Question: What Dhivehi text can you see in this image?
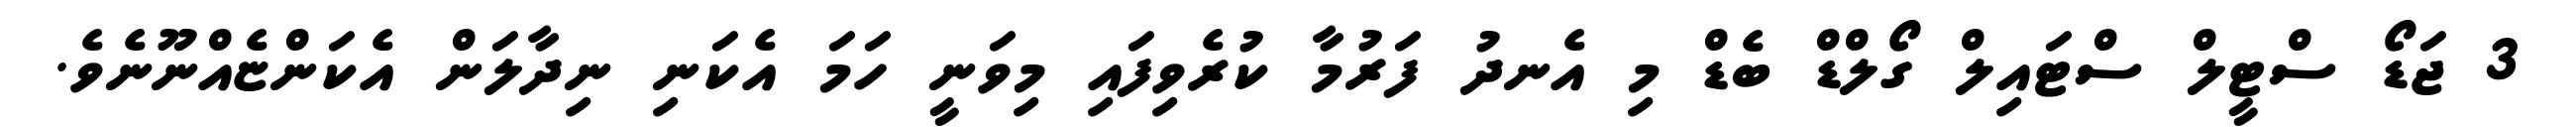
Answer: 3 ޖަޑޯ ސްޓީލް ސްޓައިލް ގޯލްޑް ބެޑް މި އެނދު ފަރުމާ ކުރެވިފައި މިވަނީ ހަމަ އެކަނި ނިދާލަން އެކަންޏެއްނޫނެވެ.